Civil Veterinary Dept. Assam report 1927-50 - 1927-1950
Year: 1927
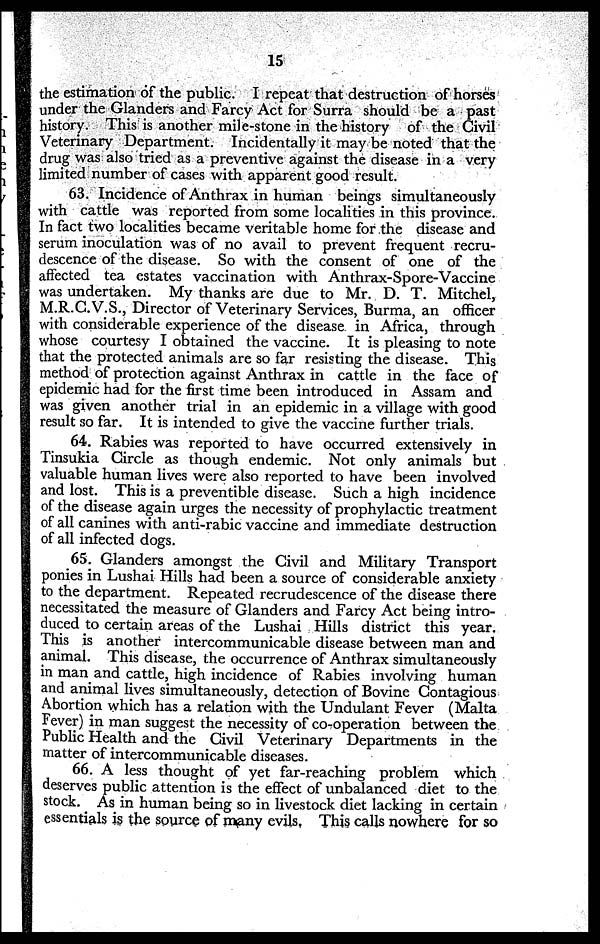
15
the estimation of the public. I repeat that destruction of horses
under the Glanders and Farcy Act for Surra should be a past
history. This is another mile-stone in the history of the Civil
Veterinary Department. Incidentally it may be noted that the
drug was also tried as a preventive against the disease in a very
limited number of cases with apparent good result.
63. Incidence of Anthrax in human beings simultaneously
with cattle was reported from some localities in this province.
In fact two localities became veritable home for the disease and
serum inoculation was of no avail to prevent frequent recru-
descence of the disease. So with the consent of one of the
affected tea estates vaccination with Anthrax-Spore-Vaccine
was undertaken. My thanks are due to Mr. D. T. Mitchei,
M.R.C.V.S., Director of Veterinary Services, Burma, an officer
with considerable experience of the disease in Africa, through
whose courtesy I obtained the vaccine. It is pleasing to note
that the protected animals are so far resisting the disease. This
method of protection against Anthrax in cattle in the face of
epidemic had for the first time been introduced in Assam and
was given another trial in an epidemic in a village with good
result so far. It is intended to give the vaccine further trials.
64. Rabies was reported to have occurred extensively in
Tinsukia Circle as though endemic. Not only animals but
valuable human lives were also reported to have been involved
and lost. This is a preventible disease. Such a high incidence
of the disease again urges the necessity of prophylactic treatment
of all canines with anti-rabic vaccine and immediate destruction
of all infected dogs.
65. Glanders amongst the Civil and Military Transport
ponies in Lushai Hills had been a source of considerable anxiety
to the department. Repeated recrudescence of the disease there
necessitated the measure of Glanders and Farcy Act being intro-
duced to certain areas of the Lushai Hills district this year.
This is another intercommunicable disease between man and
animal. This disease, the occurrence of Anthrax simultaneously
in man and cattle, high incidence of Rabies involving human
and animal lives simultaneously, detection of Bovine Contagious
Abortion which has a relation with the Undulant Fever (Malta
Fever) in man suggest the necessity of co-operation between the
Public Health and the Civil Veterinary Departments in the
matter of intercommunicable diseases.
66. A less thought of yet far-reaching problem which
deserves public attention is the effect of unbalanced diet to the
stock. As in human being so in livestock diet lacking in certain
essentials is the source of many evils. This calls nowhere for so